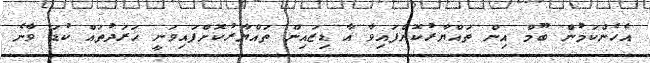
އެހެންކަމުން ބޫމް އިން ތައްޔާރުކޮށްފައިވާ އާ ޑިޒައިން ތައްޔާރުކޮށްފައިވަނީ ޚަރަދުތައް ކުޑަ ވާނެ